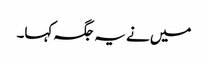
میں نے یہ جگہ کہا۔